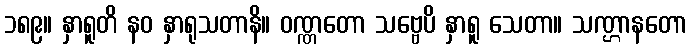
၁၈၉။ နှာရူတိ နဝ နှာရုသတာနိ။ ဝဏ္ဏတော သဗ္ဗေပိ နှာရူ သေတာ။ သဏ္ဌာနတော